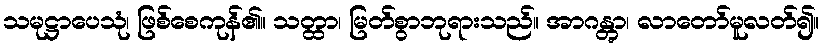
သမုဋ္ဌာပေသုံ၊ ဖြစ်စေကုန်၏။ သတ္ထာ၊ မြတ်စွာဘုရားသည်။ အာဂန္တွာ၊ လာတော်မူလတ်၍။